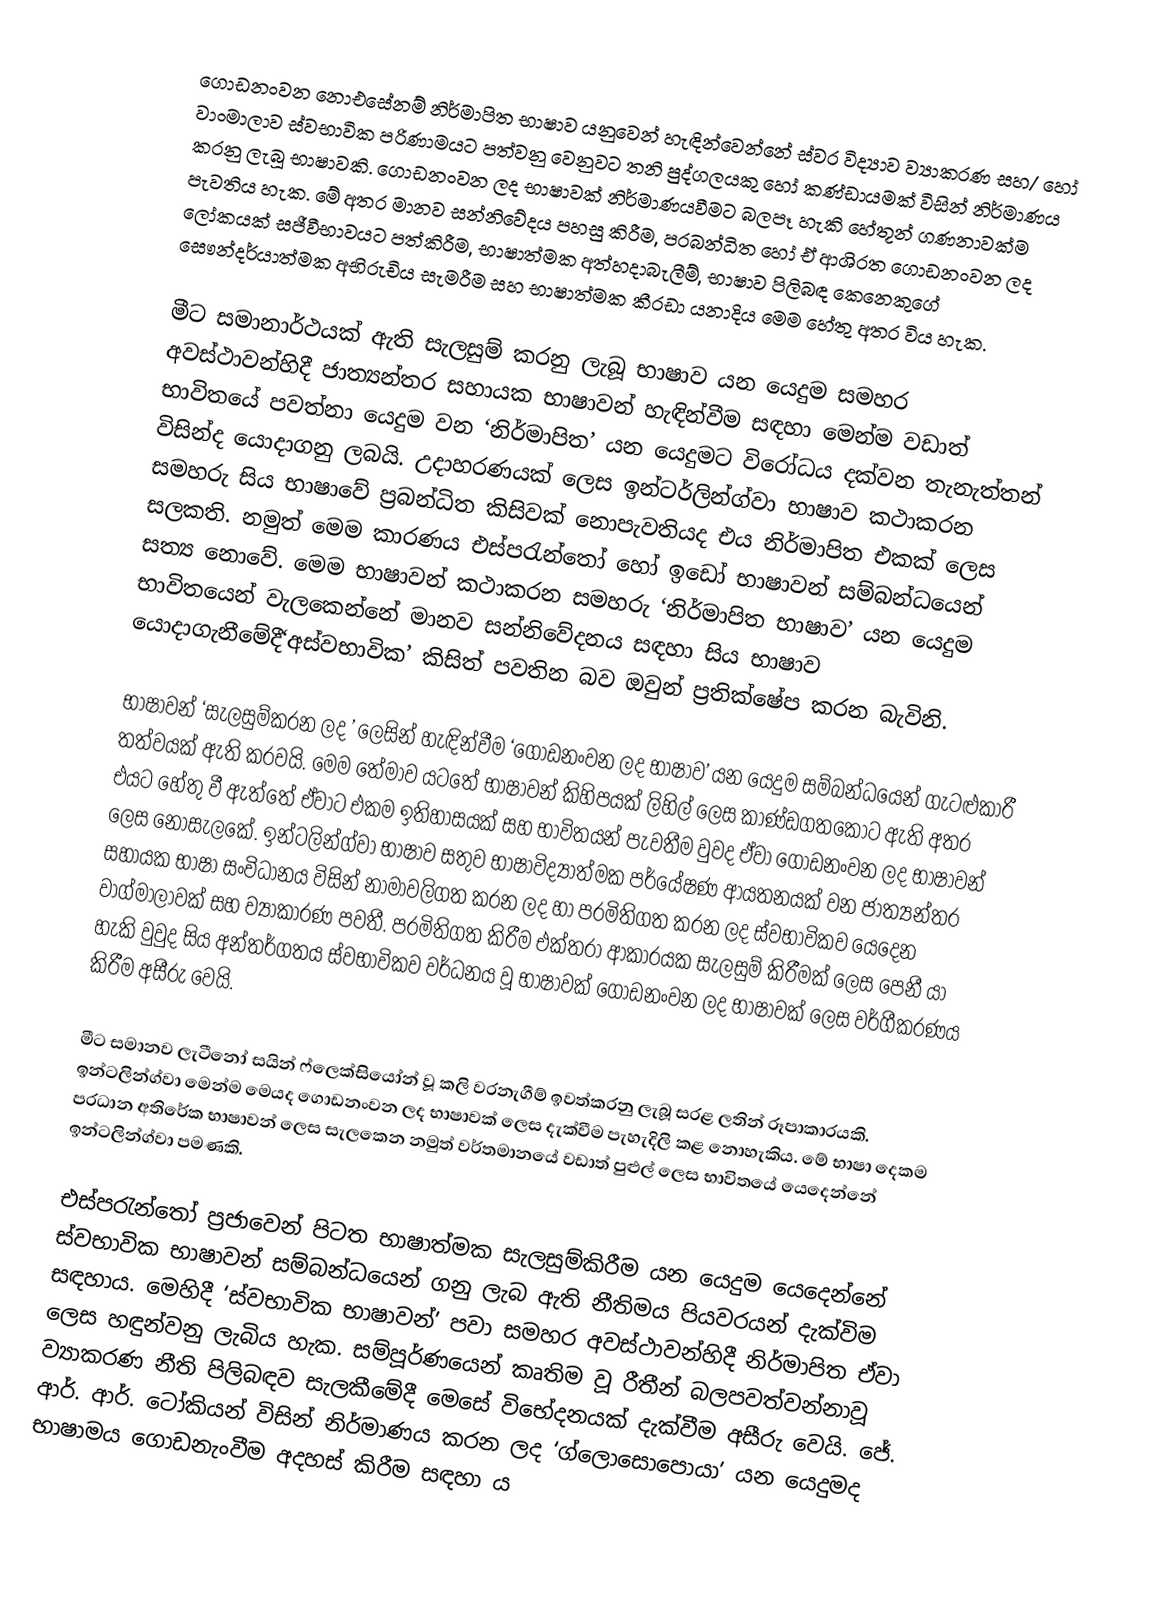
ගොඩනංවන නොඑසේනම් නිර්මාපිත භාෂාව යනුවෙන් හැඳින්වෙන්නේ ස්වර විද්‍යාව ව්‍යාකරණ සහ/ හෝ වාංමාලාව ස්වභාවික පරිණාමයට පත්වනු වෙනුවට තනි පුද්ගලයකු හෝ කණ්ඩායමක් විසින් නිර්මාණය කරනු ලැබූ භාෂාවකි. ගොඩනංවන ලද භාෂාවක් නිර්මාණයවීමට බලපෑ හැකි හේතූන් ගණනාවක්ම පැවතිය හැක. මේ අතර මානව සන්නිවේදය පහසු කිරීම, ප‍්‍රබන්ධිත හෝ ඒ ආශි‍්‍රත ගොඩනංවන ලද ලෝකයක් සජීවීභාවයට පත්කිරීම, භාෂාත්මක අත්හදාබැලීම්, භාෂාව පිලිබඳ කෙනෙකුගේ සෞන්දර්යාත්මක අභිරුචිය සැමරීම සහ භාෂාත්මක කී‍්‍රඩා යනාදිය මෙම හේතු අතර විය හැක.

මීට සමානාර්ථයක් ඇති සැලසුම් කරනු ලැබූ භාෂාව යන යෙදුම සමහර අවස්ථාවන්හිදී ජාත්‍යන්තර සහායක භාෂාවන් හැඳින්වීම සඳහා මෙන්ම වඩාත් භාවිතයේ පවත්නා යෙදුම වන ‘නිර්මාපිත’ යන යෙදුමට විරෝධය දක්වන තැනැත්තන් විසින්ද යොදාගනු ලබයි. උදාහරණයක් ලෙස ඉන්ටර්ලින්ග්වා භාෂාව කථාකරන සමහරු සිය භාෂාවේ  ප‍්‍රබන්ධිත කිසිවක් නොපැවතියද එය නිර්මාපිත එකක් ලෙස සලකති. නමුත් මෙම කාරණය එස්පරැන්තෝ හෝ ඉඩෝ භාෂාවන් සම්බන්ධයෙන් සත්‍ය නොවේ. මෙම භාෂාවන් කථාකරන සමහරු ‘නිර්මාපිත භාෂාව’ යන යෙදුම භාවිතයෙන් වැලකෙන්නේ මානව සන්නිවේදනය සඳහා සිය භාෂාව යොදාගැනීමේදී‘අස්වභාවික’ කිසිත් පවතින බව ඔවුන් ප‍්‍රතික්ෂේප කරන බැවිනි.

භාෂාවන් ‘සැලසුම්කරන ලද ’ ලෙසින් හැඳින්වීම ‘ගොඩනංවන ලද භාෂාව’ යන යෙදුම සම්බන්ධයෙන් ගැටළුකාරී තත්වයක් ඇති කරවයි. මෙම තේමාව යටතේ භාෂාවන් කිහිපයක් ලිහිල් ලෙස කාණ්ඩගතකොට ඇති අතර එයට හේතු වී ඇත්තේ ඒවාට එකම ඉතිහාසයක් සහ භාවිතයන් පැවතීම වුවද ඒවා ගොඩනංවන ලද භාෂාවන් ලෙස නොසැලකේ. ඉන්ටලින්ග්වා භාෂාව සතුව භාෂාවිද්‍යාත්මක පර්යේෂණ ආයතනයක් වන ජාත්‍යන්තර සහායක භාෂා සංවිධානය විසින් නාමාවලිගත කරන ලද හා ප‍්‍රමිතිගත කරන ලද ස්වභාවිකව යෙදෙන වාග්මාලාවක් සහ ව්‍යාකාරණ පවතී. ප‍්‍රමිතිගත කිරීම එක්තරා ආකාරයක සැලසුම් කිරීමක් ලෙස පෙනී යා හැකි වුවුද සිය අන්තර්ගතය ස්වභාවිකව වර්ධනය වූ භාෂාවක්  ගොඩනංවන ලද භාෂාවක් ලෙස වර්ගීකරණය කිරීම අසීරු වෙයි.

මීට සමානව ලැටීනෝ සයින් ෆ්ලෙක්සියෝන් වූ කලි වරනැගීම් ඉවත්කරනු ලැබූ සරළ ලතින් රූපාකාරයකි. ඉන්ටලින්ග්වා මෙන්ම මෙයද ගොඩනංවන ලද භාෂාවක් ලෙස දැක්වීම පැහැදිලි කළ නොහැකිය. මේ භාෂා දෙකම ප‍්‍රධාන අතිරේක භාෂාවන් ලෙස සැලකෙන නමුත් වර්තමානයේ වඩාත් පුළුල් ලෙස භාවිතයේ යෙදෙන්නේ ඉන්ටලින්ග්වා පමණකි.

එස්පරැන්තෝ ප‍්‍රජාවෙන් පිටත භාෂාත්මක සැලසුම්කිරීම යන යෙදුම යෙදෙන්නේ ස්වභාවික භාෂාවන් සම්බන්ධයෙන් ගනු ලැබ ඇති නීතිමය පියවරයන් දැක්විම සඳහාය. මෙහිදී ‘ස්වභාවික භාෂාවන්’ පවා සමහර අවස්ථාවන්හිදී නිර්මාපිත ඒවා ලෙස හඳුන්වනු ලැබිය හැක. සම්පූර්ණයෙන් කෘතිම වූ රීතීන් බලපවත්වන්නාවූ ව්‍යාකරණ නීති පිලිබඳව සැලකීමේදී මෙසේ විභේදනයක් දැක්වීම අසීරු වෙයි. ජේ. ආර්. ආර්. ටෝකියන් විසින් නිර්මාණය කරන ලද ‘ග්ලොසොපොයා’ යන යෙදුමද භාෂාමය ගොඩනැංවීම අදහස් කිරීම සඳහා ය